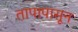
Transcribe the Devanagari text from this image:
तापापासून